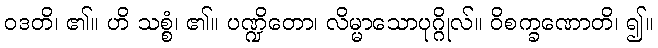
ဝဒတိ၊ ၏။ ဟိ သစ္စံ၊ ၏။ ပဏ္ဍိတော၊ လိမ္မာသောပုဂ္ဂိုလ်။ ဝိစက္ခဏောတိ၊ ၍။